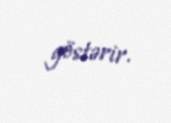
göstərir.